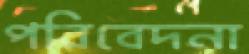
পরিবেদনা